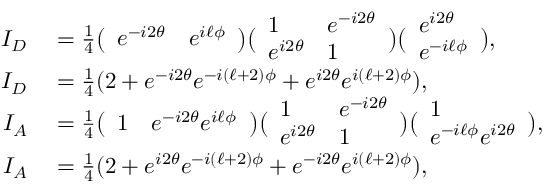
\begin{array} { r l } { I _ { D } } & { { } = \frac { 1 } { 4 } \big ( \begin{array} { l l } { e ^ { - i 2 \theta } } & { e ^ { i \ell \phi } } \end{array} \big ) \big ( \begin{array} { l l } { 1 } & { e ^ { - i 2 \theta } } \\ { e ^ { i 2 \theta } } & { 1 } \end{array} \big ) \big ( \begin{array} { l } { e ^ { i 2 \theta } } \\ { e ^ { - i \ell \phi } } \end{array} \big ) , } \\ { I _ { D } } & { { } = \frac { 1 } { 4 } ( 2 + e ^ { - i 2 \theta } e ^ { - i ( \ell + 2 ) \phi } + e ^ { i 2 \theta } e ^ { i ( \ell + 2 ) \phi } ) , } \\ { I _ { A } } & { { } = \frac { 1 } { 4 } \big ( \begin{array} { l l } { 1 } & { e ^ { - i 2 \theta } e ^ { i \ell \phi } } \end{array} \big ) \big ( \begin{array} { l l } { 1 } & { e ^ { - i 2 \theta } } \\ { e ^ { i 2 \theta } } & { 1 } \end{array} \big ) \big ( \begin{array} { l } { 1 } \\ { e ^ { - i \ell \phi } e ^ { i 2 \theta } } \end{array} \big ) , } \\ { I _ { A } } & { { } = \frac { 1 } { 4 } ( 2 + e ^ { i 2 \theta } e ^ { - i ( \ell + 2 ) \phi } + e ^ { - i 2 \theta } e ^ { i ( \ell + 2 ) \phi } ) , } \end{array}